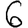
Digit: 6